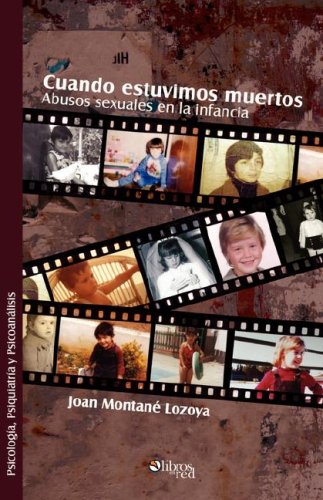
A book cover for Cuando Estuvimos Muertos. Abusos Sexuales En La Infancia (Spanish Edition); Joan Montane; Teen & Young Adult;